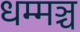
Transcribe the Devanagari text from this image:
धम्मञ्च